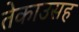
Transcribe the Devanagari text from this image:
तेकाउसह